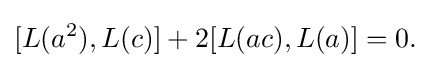
\displaystyle {[L(a^{2}),L(c)]+2[L(ac),L(a)]=0.}